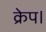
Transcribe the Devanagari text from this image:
क्रेप।